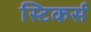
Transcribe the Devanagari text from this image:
स्टिकर्स